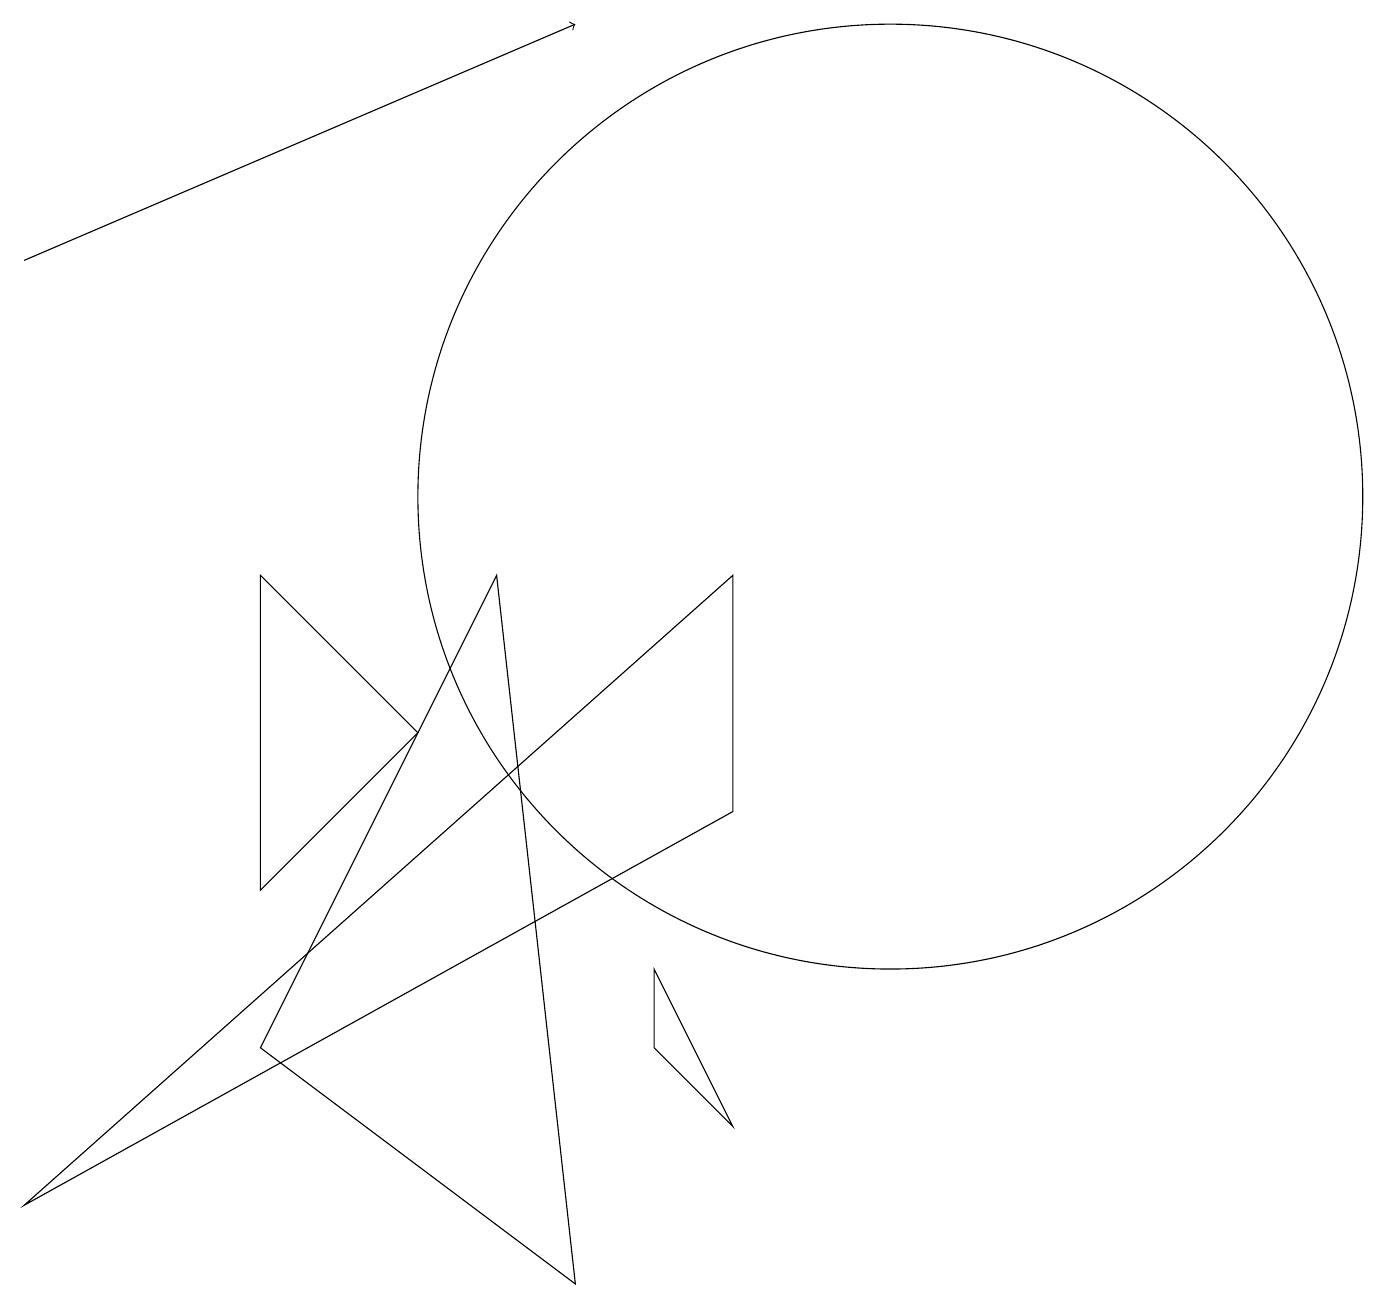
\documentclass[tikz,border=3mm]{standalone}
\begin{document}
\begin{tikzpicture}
\draw (6,9) -- (7,0) -- (3,3) -- cycle;
\draw (5,7) -- (3,5) -- (3,9) -- cycle;
\draw (8,3) -- (9,2) -- (8,4) -- cycle;
\draw (11,10) circle (6);
\draw[->] (0,13) -- (7,16);
\draw (9,9) -- (9,6) -- (0,1) -- cycle;
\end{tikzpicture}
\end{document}